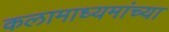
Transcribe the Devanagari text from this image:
कलामाध्यमांच्या